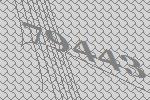
79443